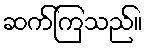
ဆက်ကြသည်။